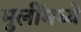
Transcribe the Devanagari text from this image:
मुलींमध्ये